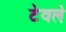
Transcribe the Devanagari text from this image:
टेवले